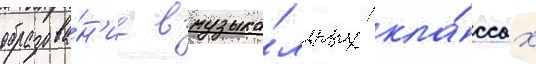
образова́н'ие в музыка́льных кла́ссах